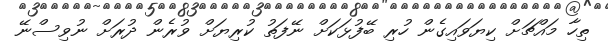
ތިހާ މައްޗަށް ކިޔަވައިގެން ހުރި ބޭފުޅަކަށް ނޭފަތު ކުރިޔަށް ވުރެން ދުރަށް ނުވިސްނޭ